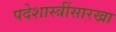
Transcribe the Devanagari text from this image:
पदेशास्त्रींसारखा